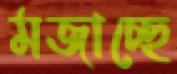
মজাচ্ছে